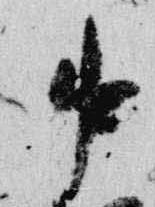
中